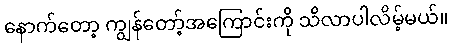
နောက်တော့ ကျွန်တော့်အကြောင်းကို သိလာပါလိမ့်မယ်။